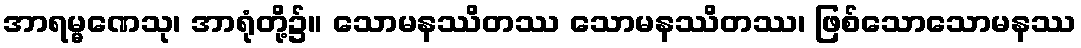
အာရမ္မဏေသု၊ အာရုံတို့၌။ သောမနဿိတဿ သောမနဿိတဿ၊ ဖြစ်သောသောမနဿ